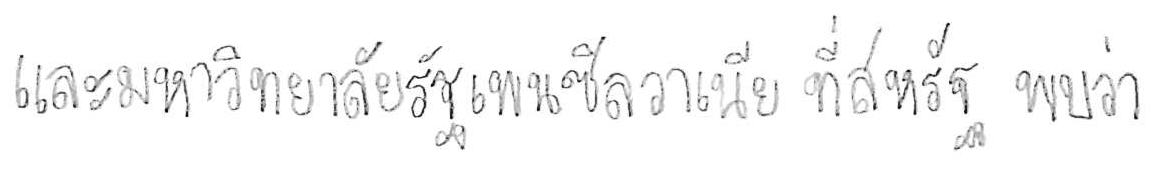
และมหาวิทยาลัยรัฐเพนซิลวาเนีย ที่สหรัฐ พบว่า